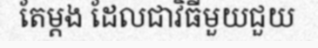
តែម្តង ដែលជាវិធីមួយជួយ